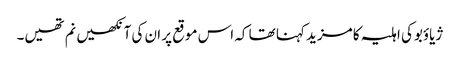
ژیاؤبوکی اہلیہ کا مزید کہنا تھا کہ اس موقع پر ان کی آنکھیں نم تھیں۔